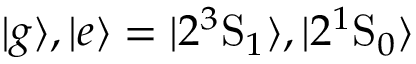
| g \rangle , | e \rangle = | 2 ^ { 3 } \mathrm { S } _ { 1 } \rangle , | 2 ^ { 1 } \mathrm { S } _ { 0 } \rangle